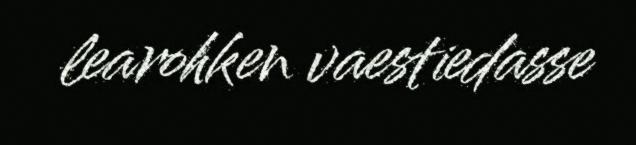
learohken vaestiedasse